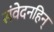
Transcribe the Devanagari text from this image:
संवेदनहिन्